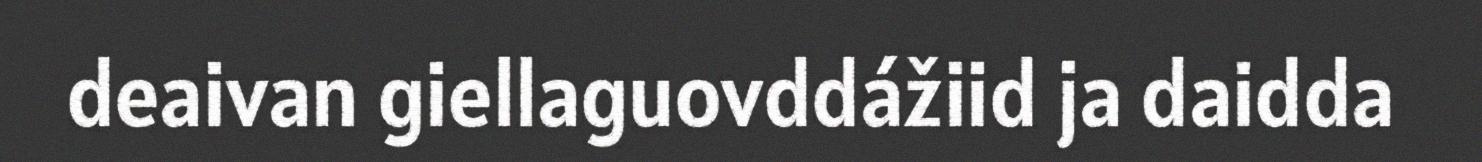
deaivan giellaguovddážiid ja daidda